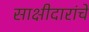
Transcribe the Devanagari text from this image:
साक्षीदारांचे